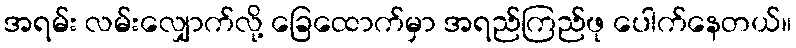
အရမ်း လမ်းလျှောက်လို့ ခြေထောက်မှာ အရည်ကြည်ဖု ပေါက်နေတယ်။